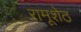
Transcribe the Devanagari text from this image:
रामूशेठ